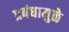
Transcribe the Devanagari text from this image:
प्रबंधामुळे